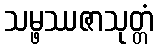
သမ္ဖဿဇာသုတ္တံ